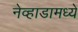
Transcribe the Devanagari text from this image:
नेव्हाडामध्ये